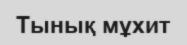
Тынық мұхит